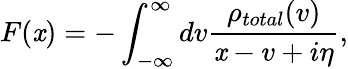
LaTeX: F(\mathit{x})=-\int_{-\infty}^{\infty}{dv\frac{{{{\rho}_{total}}(v)}}{{\mathit{x}-v+i\eta}}},